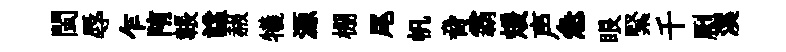
閩辱乍陏韔諡赧犧源棚尾帆脅霸煖声急眼緊千劂溪